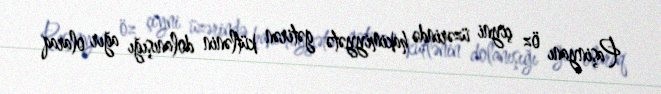
Paşinyanı öz çiyni üzərində hakimiyyətə gətirən kütlənin dolanışığı ağır olaraq